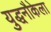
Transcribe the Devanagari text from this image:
युद्धनौकेला